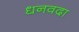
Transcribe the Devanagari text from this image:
धनवदा